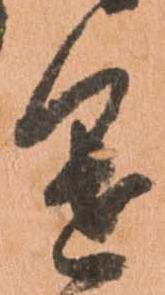
進